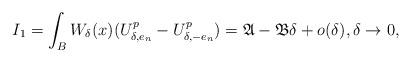
LaTeX: \begin{align*}I_1=\int_{B} W_{\delta}(x)(U_{\delta,e_n}^p-U_{\delta,-e_n}^p) = \mathfrak{A}-\mathfrak{B}\delta+o(\delta),\delta\to 0, \end{align*}